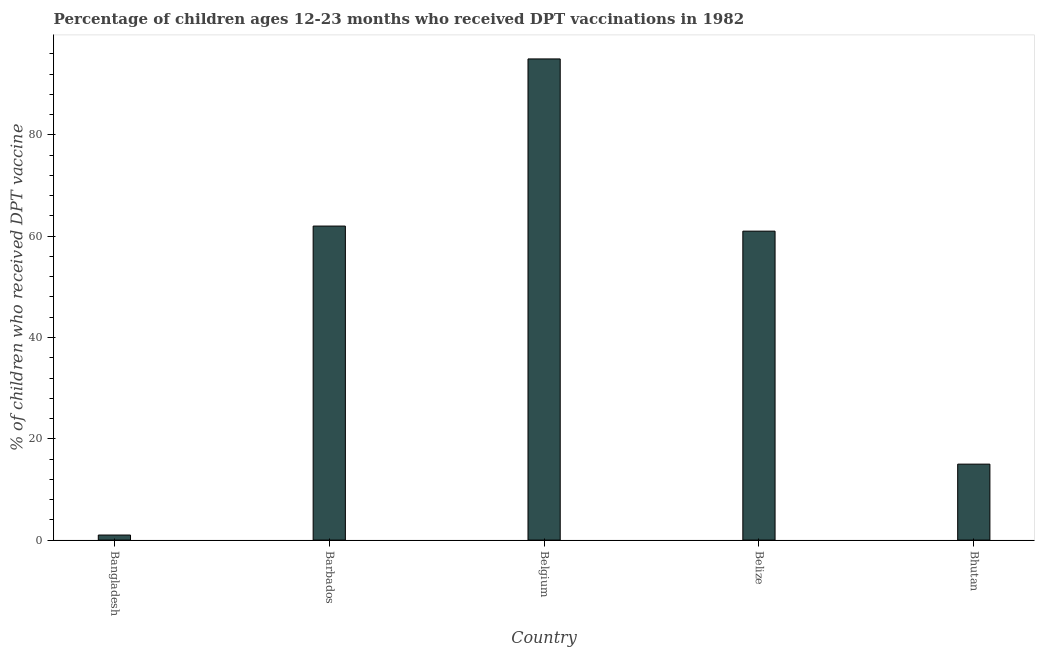
| Country | Immunization |
 | --- | --- |
 | Bangladesh | 1 |
 | Barbados | 62 |
 | Belgium | 95 |
 | Belize | 61 |
 | Bhutan | 15 |